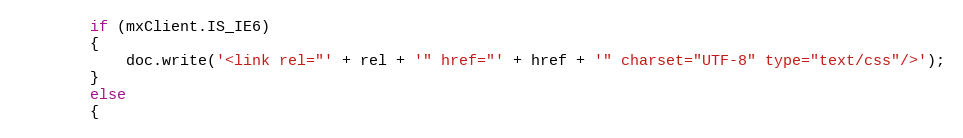
Language: JavaScript
		if (mxClient.IS_IE6)
		{
			doc.write('<link rel="' + rel + '" href="' + href + '" charset="UTF-8" type="text/css"/>');
		}
		else
		{